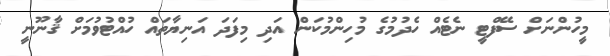
މީހުންނަށް ސޭފްޓީ ނެޓެއް ހެދުމުގެ މުހިންމުކަން އަދި މިފަދަ އަނިޔާތައް ހުއްޓުވުމަށް ޤާނޫނީ